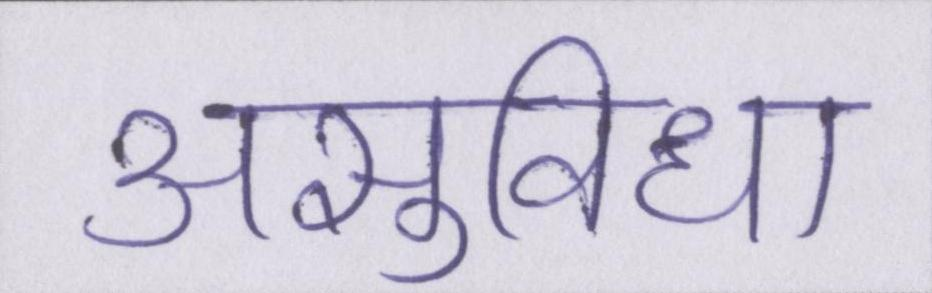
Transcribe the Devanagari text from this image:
असुविधा